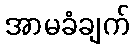
အာမခံချက်